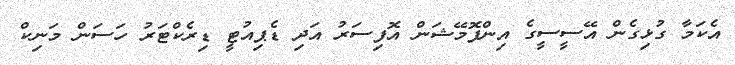
އެކަމާ ގުޅިގެން އޭސީސީގެ އިންފޮމޭޝަން އޮފިސަރު އަދި ޑެޕިއުޓީ ޑިރެކްޓަރު ހަސަން މަނިކް